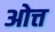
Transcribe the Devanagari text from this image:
ओत्त